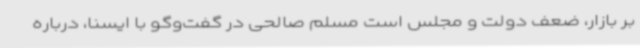
بر بازار، ضعف دولت و مجلس است مسلم صالحی در گفت‌وگو با ایسنا، درباره